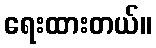
ရေးထားတယ်။